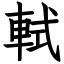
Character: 軾